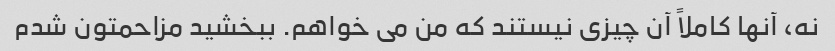
نه، آنها کاملاً آن چیزی نیستند که من می خواهم. ببخشید مزاحمتون شدم